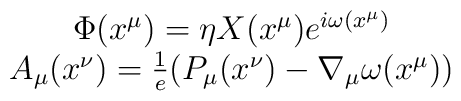
\begin{array}{c}\Phi (x^{\mu })=\eta X(x^{\mu })e^{i\omega (x^{\mu })} \\ A_{\mu }(x^{\nu })=\frac{1}{e}(P_{\mu }(x^{\nu })-\nabla _{\mu }\omega(x^{\mu }))\end{array}